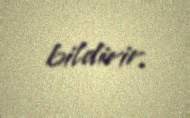
bildirir.